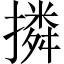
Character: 撛